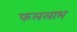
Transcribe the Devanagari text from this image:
फललाभ